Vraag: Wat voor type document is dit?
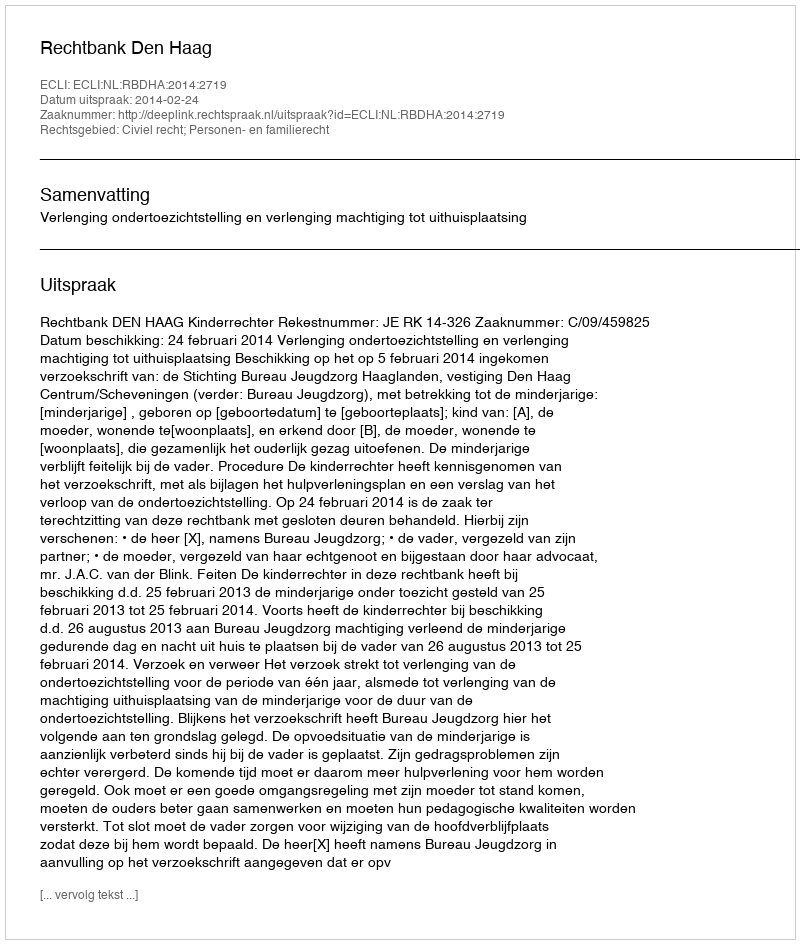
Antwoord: Uitspraak